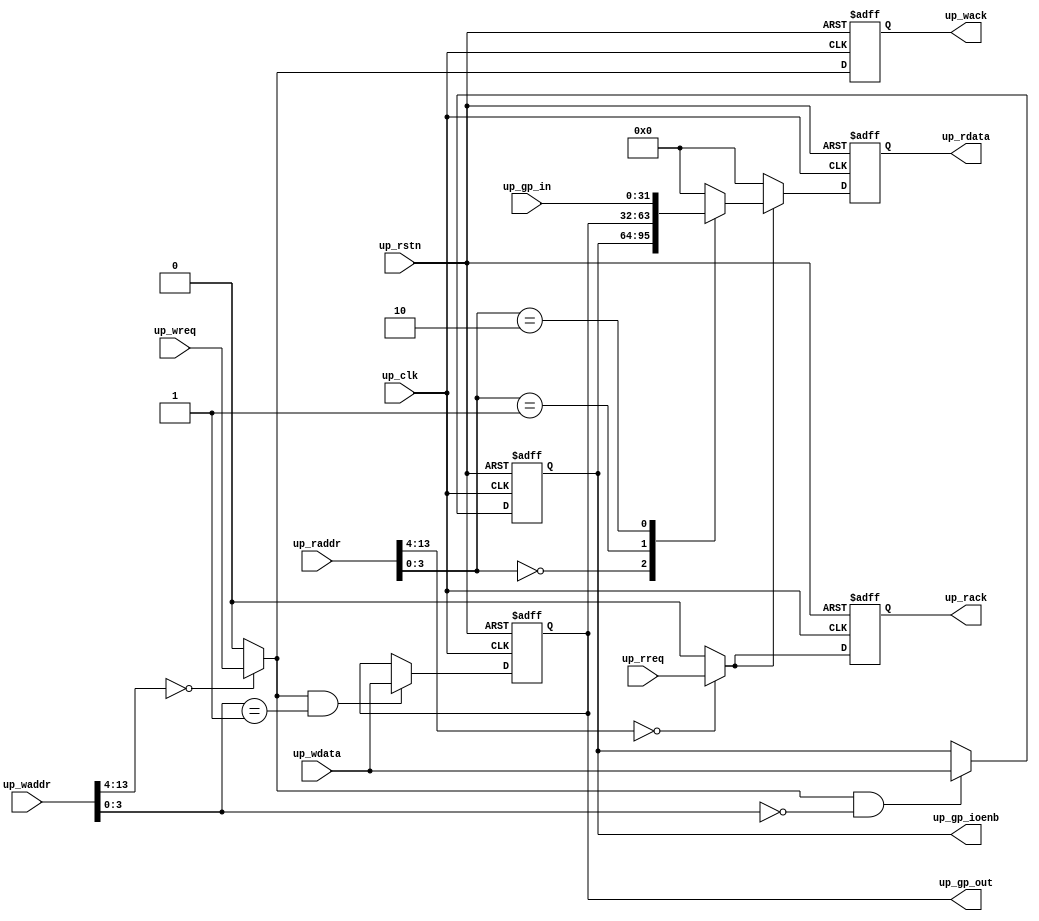
// ***************************************************************************
// ***************************************************************************
// Copyright 2014 - 2017 (c) Analog Devices, Inc. All rights reserved.
//
// In this HDL repository, there are many different and unique modules, consisting
// of various HDL (Verilog or VHDL) components. The individual modules are
// developed independently, and may be accompanied by separate and unique license
// terms.
//
// The user should read each of these license terms, and understand the
// freedoms and responsibilities that he or she has by using this source/core.
//
// This core is distributed in the hope that it will be useful, but WITHOUT ANY
// WARRANTY; without even the implied warranty of MERCHANTABILITY or FITNESS FOR
// A PARTICULAR PURPOSE.
//
// Redistribution and use of source or resulting binaries, with or without modification
// of this file, are permitted under one of the following two license terms:
//
//   1. The GNU General Public License version 2 as published by the
//      Free Software Foundation, which can be found in the top level directory
//      of this repository (LICENSE_GPL2), and also online at:
//      <https://www.gnu.org/licenses/old-licenses/gpl-2.0.html>
//
// OR
//
//   2. An ADI specific BSD license, which can be found in the top level directory
//      of this repository (LICENSE_ADIBSD), and also on-line at:
//      https://github.com/analogdevicesinc/hdl/blob/master/LICENSE_ADIBSD
//      This will allow to generate bit files and not release the source code,
//      as long as it attaches to an ADI device.
//
// ***************************************************************************
// ***************************************************************************

`timescale 1ns/100ps

module axi_gpreg_io #(

  parameter   ID = 0) (

  // gpio

  output  reg [31:0]      up_gp_ioenb,
  output  reg [31:0]      up_gp_out,
  input       [31:0]      up_gp_in,

  // bus interface

  input                   up_rstn,
  input                   up_clk,
  input                   up_wreq,
  input       [13:0]      up_waddr,
  input       [31:0]      up_wdata,
  output  reg             up_wack,
  input                   up_rreq,
  input       [13:0]      up_raddr,
  output  reg [31:0]      up_rdata,
  output  reg             up_rack);


  // internal registers

  // internal signals

  wire            up_wreq_s;
  wire            up_rreq_s;

  // decode block select

  assign up_wreq_s = (up_waddr[13:4] == ID) ? up_wreq : 1'b0;
  assign up_rreq_s = (up_raddr[13:4] == ID) ? up_rreq : 1'b0;

  // processor write interface

  always @(negedge up_rstn or posedge up_clk) begin
    if (up_rstn == 0) begin
      up_wack <= 'd0;
      up_gp_ioenb <= {32{1'b1}};
      up_gp_out <= 'd0;
    end else begin
      up_wack <= up_wreq_s;
      if ((up_wreq_s == 1'b1) && (up_waddr[3:0] == 4'h0)) begin
        up_gp_ioenb <= up_wdata;
      end
      if ((up_wreq_s == 1'b1) && (up_waddr[3:0] == 4'h1)) begin
        up_gp_out <= up_wdata;
      end
    end
  end

  // processor read interface

  always @(negedge up_rstn or posedge up_clk) begin
    if (up_rstn == 0) begin
      up_rack <= 'd0;
      up_rdata <= 'd0;
    end else begin
      up_rack <= up_rreq_s;
      if (up_rreq_s == 1'b1) begin
        case (up_raddr[3:0])
          4'b0000: up_rdata <= up_gp_ioenb;
          4'b0001: up_rdata <= up_gp_out;
          4'b0010: up_rdata <= up_gp_in;
          default: up_rdata <= 32'd0;
        endcase
      end else begin
        up_rdata <= 32'd0;
      end
    end
  end

endmodule

// ***************************************************************************
// ***************************************************************************